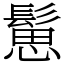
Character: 䰄